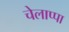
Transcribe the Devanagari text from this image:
चेलाप्पा